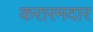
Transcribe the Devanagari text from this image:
करारमदार